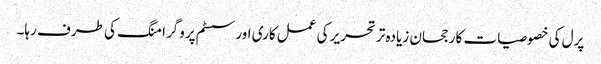
پرل کی خصوصیات کا رجحان زیادہ تر تحریر کی عمل کاری اور سسٹم پروگرامنگ کی طرف رہا۔